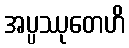
အပ္ပဿုတေဟိ